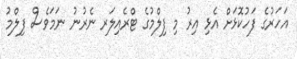
އަހަރުގެ ފަހުކޮޅަށް އެޅި އިރު މި ފިލްމުގެ ޓްރެއިލަރ ނެރުނު ނަމަވެސް ފިލްމު